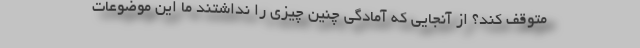
متوقف کند؟ از آنجایی که آمادگی چنین چیزی را نداشتند ما این موضوعات